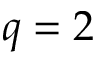
q = 2